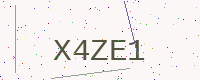
Text: X4ZE1